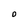
Character: 0